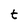
Character: t